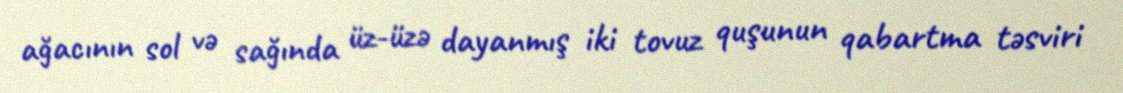
ağacının sol və sağında üz-üzə dayanmış iki tovuz quşunun qabartma təsviri